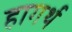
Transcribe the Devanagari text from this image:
हागर्थ